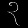
Digit: ၃